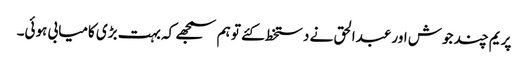
پریم چند جوش اور عبدالحق نے دستخط کئے تو ہم سمجھے کہ بہت بڑی کامیابی ہوئی۔